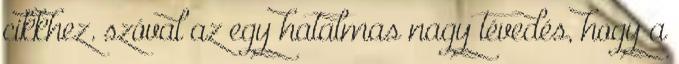
cikkhez. szóval az egy hatalmas nagy tévedés, hogy a